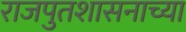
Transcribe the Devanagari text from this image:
राजपुतशासनाच्या